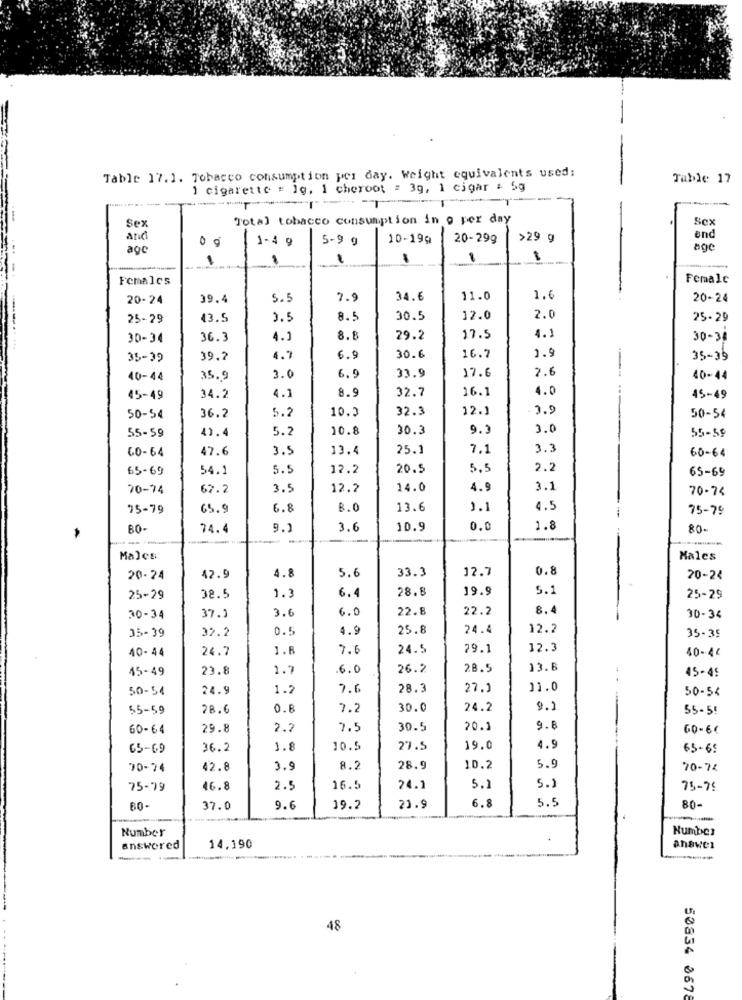
Table 17.1. Tobacco consumption per day. Weight equivalents used:
Table 17
1 cigarette : 1g, 1 cheroot = 3g, 1 cigar : 5g
----
-
Sex
Total tobacco consumption in o per day
Sex
and
1-4 9
5-9 g
10-199
20-299
>29 g
end
agc
Females
Female
20-24
39.4
5.5
7.9
34.6
11.0
1.6
20-24
25-29
43.5
8.5
30.5
12.0
2.0
25-29
30-34
36.3
4.1
8.8
29.2
17.5
4.1
30-34
1.9
35-39
39.2
4.7
6.9
30.6
16.7
35-39
17.6
2.6
40-44
35.9
3.0
6.9
33.9
40-44
8.
32.7
16.1
4.0
45-49
34.2
4.1
45-49
10.3
32.3
12.1
50-54
36.2
5.2
50-54
55-59
41.4
5.2
10.8
30.3
9.
3.0
55-59
60-64
47.6
3.5
13.4
25.1
7.1
3.3
60-64
65-69
54.1
5.5
12.2
20.5
5.5
2.5
65-69
70-74
67.2
3.5
12.2
14.0
4.9
3.1
70-74
75-79
65. 9
6.8
B.0
13.6
1.1
4.5
75-79
BO-
74.4
9.1
3.6
10.9
0.0
1.8
80-
---
Males
Males
5.6
33.3
12.7
0.8
20-24
42.9
4.8
20-24
28.8
19.9
5.1
25-29
38.5
1.3
6.4
25-29
3.6
6.0
22.8
22.2
8.4
30-34
37.1
30-34
35-39
0.5
4.9
25.8
24.4
12.2
32.2
35-35
40- 44
24.7
1.8
7.6
24.5
29.1
12.3
40- 41
15-49
23.8
1.7
.6.0
26.2
28.5
13.8
45-45
50-54
24.9
1.2
7.6
28.3
27.1
11.0
50-54
55-59
28.6
0.6
7.2
30.0
24.2
9.1
55-55
60-64
29.8
2.2
7.5
30.5
20.1
9.5
60-6€
65-69
36.2
1.8
10.5
27.5
19.0
4.9
65-65
70-74
42.8
3.9
8.2
28.9
10.2
5.9
70-74
75-79
46.8
2.5
16.5
24.1
5.1
5.1
75-79
6.8
5.5
60
37.0
9.6
19.2
21.9
80-
--
Number
Number
answered
14,190
answer
48
50834 8678